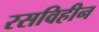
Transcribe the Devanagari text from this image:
रसविहीन